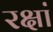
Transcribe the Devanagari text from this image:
रक्षां